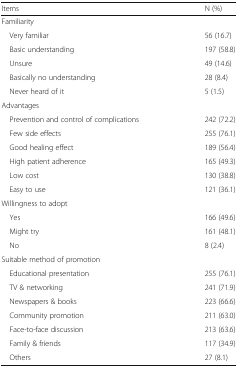
<table><thead><tr><td><b>Items</b></td><td><b>N (%)</b></td></tr></thead><tbody><tr><td colspan="2">Familiarity</td></tr><tr><td> Very familiar</td><td>56 (16.7)</td></tr><tr><td> Basic understanding</td><td>197 (58.8)</td></tr><tr><td> Unsure</td><td>49 (14.6)</td></tr><tr><td> Basically no understanding</td><td>28 (8.4)</td></tr><tr><td> Never heard of it</td><td>5 (1.5)</td></tr><tr><td colspan="2">Advantages</td></tr><tr><td> Prevention and control of complications</td><td>242 (72.2)</td></tr><tr><td> Few side effects</td><td>255 (76.1)</td></tr><tr><td> Good healing effect</td><td>189 (56.4)</td></tr><tr><td> High patient adherence</td><td>165 (49.3)</td></tr><tr><td> Low cost</td><td>130 (38.8)</td></tr><tr><td> Easy to use</td><td>121 (36.1)</td></tr><tr><td colspan="2">Willingness to adopt</td></tr><tr><td> Yes</td><td>166 (49.6)</td></tr><tr><td> Might try</td><td>161 (48.1)</td></tr><tr><td> No</td><td>8 (2.4)</td></tr><tr><td colspan="2">Suitable method of promotion</td></tr><tr><td> Educational presentation</td><td>255 (76.1)</td></tr><tr><td> TV &amp; networking</td><td>241 (71.9)</td></tr><tr><td> Newspapers &amp; books</td><td>223 (66.6)</td></tr><tr><td> Community promotion</td><td>211 (63.0)</td></tr><tr><td> Face-to-face discussion</td><td>213 (63.6)</td></tr><tr><td> Family &amp; friends</td><td>117 (34.9)</td></tr><tr><td> Others</td><td>27 (8.1)</td></tr></tbody></table>